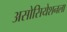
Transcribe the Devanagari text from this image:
असोसियेशनला